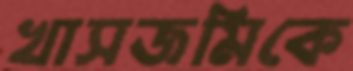
খাসজমিকে